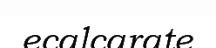
ecalcarate